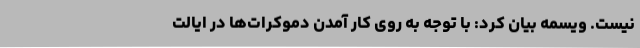
نیست. ویسمه بیان کرد: با توجه به روی کار آمدن دموکرات‌ها در ایالت